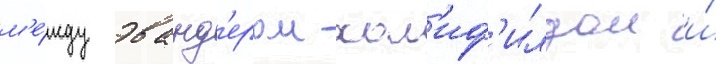
м'е́жду эванд'ером хол'иф'илдом и́